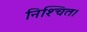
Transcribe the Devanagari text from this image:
निश्‍चित।